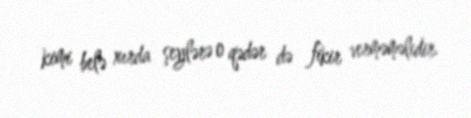
kimi belə xırda şeylərə o qədər də fikir verməməlidir.